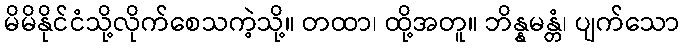
မိမိနိုင်ငံသို့လိုက်စေသကဲ့သို့။ တထာ၊ ထို့အတူ။ ဘိန္နမန္တံ၊ ပျက်သော